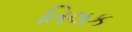
તિલક